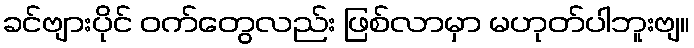
ခင်ဗျားပိုင် ဝက်တွေလည်း ဖြစ်လာမှာ မဟုတ်ပါဘူးဗျ။